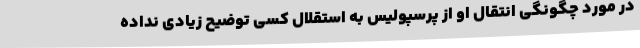
در مورد چگونگی انتقال او از پرسپولیس به استقلال کسی توضیح زیادی نداده